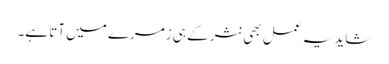
شاید یہ عمل بھی نثر کے ہی زمرے میں آتا ہے۔